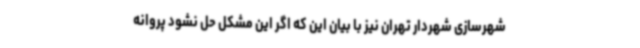
شهرسازی شهردار تهران نیز با بیان این که اگر این مشکل حل نشود پروانه